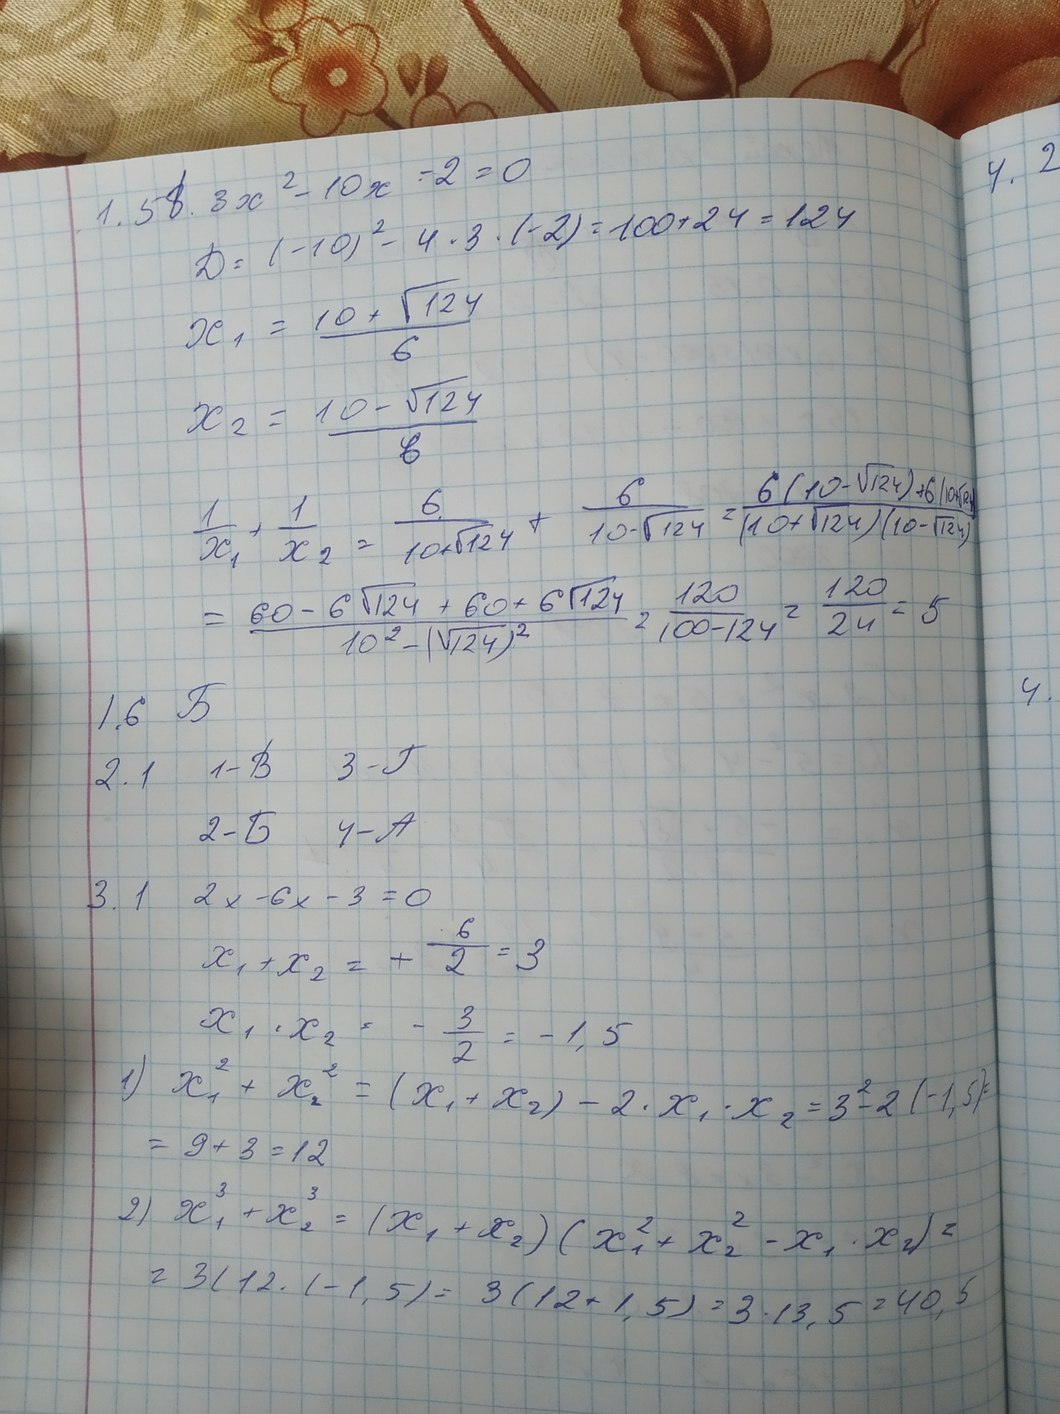
1.5В. 3x^2 - 10x - 2 = 0
D = (-10)^2 - 4 * 3 * (-2) = 100 + 24 = 124
x_1 = \frac{10 + \sqrt{124}}{6}
x_2 = \frac{10 - \sqrt{124}}{6}
\frac{1}{x_1} + \frac{1}{x_2} = \frac{6}{10+\sqrt{124}} + \frac{6}{10-\sqrt{124}} = \frac{6(10-\sqrt{124}) + 6(10+\sqrt{124})}{(10+\sqrt{124})(10-\sqrt{124})}
= \frac{60 - 6\sqrt{124} + 60 + 6\sqrt{124}}{10^2 - (\sqrt{124})^2} = \frac{120}{100 - 124} = \frac{120}{24} = 5
16 B
3 - Г
2.1
1 -В
4-А
2 - Б
3.1 2x - 6x - 3 = 0
x_1 + x_2 = + \frac{6}{2} = 3
x_1 · x_2 = - 3/2 = - 1, 5
1) x_1^2 + x_2^2 = (x_1 + x_2) - 2 · x_1 · x_2 = 3^2 - 2 · (-1,5) =
= 9 + 3 = 12
2) x_1^3 + x_2^3 = (x_1 + x_2) (x_1^2 + x_2^2 - x_1 \cdot x_2) =
= 3 ( 12 - ( - 1, 5 ) = 3 ( 12 + 1, 5 ) = 3 · 13, 5 = 40, 5